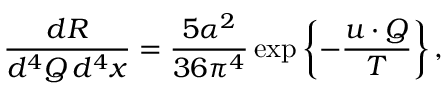
\frac { d R } { d ^ { 4 } Q \, d ^ { 4 } x } = \frac { 5 \alpha ^ { 2 } } { 3 6 \pi ^ { 4 } } \exp \left\{ - \frac { u \cdot Q } { T } \right\} ,